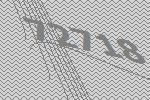
72718